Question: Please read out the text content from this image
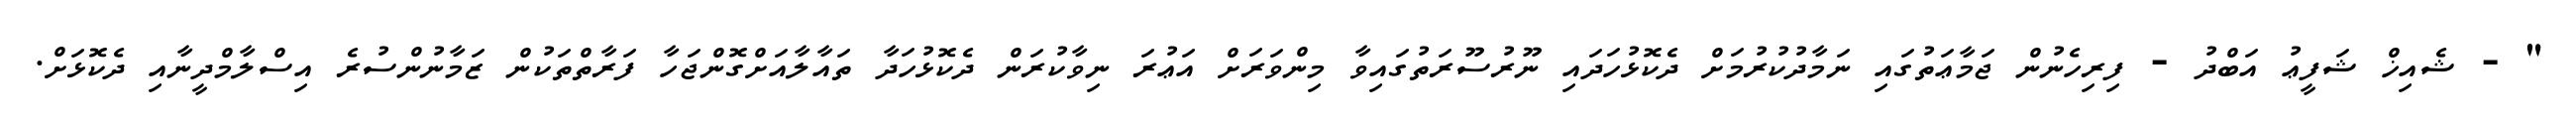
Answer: " - ޝެއިޚް ޝަފީޢު އަބްދު - ފިރިހެނުން ޖަމާޢަތުގައި ނަމާދުކުރުމަށް ދެކޮޅުހަދައި ނޫރުސޫރަތުގައިވާ މިންވަރަށް އަޢުރަ ނިވާކުރަން ދެކޮޅުހަދާ ތައާލާއަށްގޮންޖަހާ ފަރާތްތަކުން ޒަމާނުންސުރެ އިސްލާމްދީނާއި ދެކޮޅަށް.